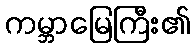
ကမ္ဘာမြေကြီး၏